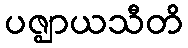
ပဇ္ဈာယသီတိ